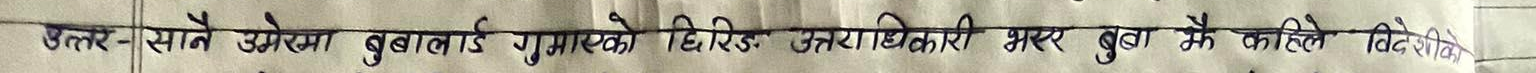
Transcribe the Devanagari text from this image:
उत्तर - सानै उमेरमा बुबालाई गुमाएको धिरज उत्तराधिकारी भएर बुबाको कहिले विदे